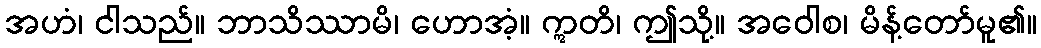
အဟံ၊ ငါသည်။ ဘာသိဿာမိ၊ ဟောအံ့။ ဣတိ၊ ဤသို့။ အဝေါစ၊ မိန့်တော်မူ၏။